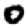
Digit: 0